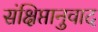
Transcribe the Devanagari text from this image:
संक्षिप्तानुवाद